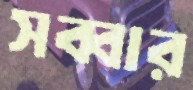
সব্বার